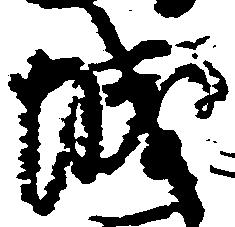
城